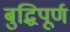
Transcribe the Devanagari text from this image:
बुद्धिपूर्ण